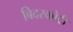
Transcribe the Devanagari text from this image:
बिदरकोटी